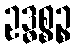
ဥဒ္ဓစ္စဉ္စ